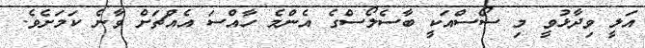
އަލީ ވިދާޅުވީ މި ސޯސްއަކީ ބާސެލޯސްގެ އެންމެ ހާއްސަ އެއްޗަށް ވާނެ ކަމަށެވެ.